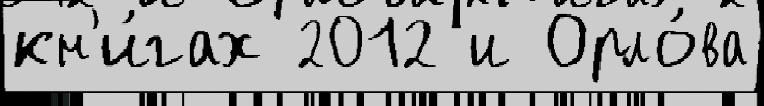
кн'и́гах 2012 и Орло́ва